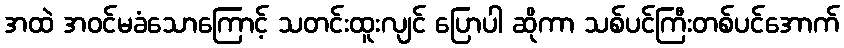
အထဲ အဝင်မခံသောကြောင့် သတင်းထူးလျင် ပြောပါ ဆိုကာ သစ်ပင်ကြီးတစ်ပင်အောက်